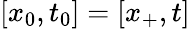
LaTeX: [x_{0},t_{0}]=[x_{+},t]